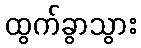
ထွက်ခွာသွား